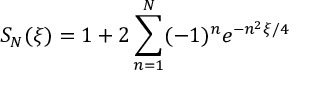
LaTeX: S _ { N } ( \xi ) = 1 + 2 \sum _ { n = 1 } ^ { N } ( - 1 ) ^ { n } e ^ { - n ^ { 2 } \xi / 4 }